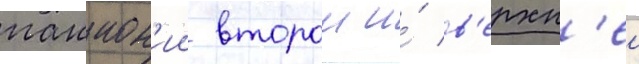
паннон'ии второи и́ в'ерхн'еи